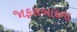
જાફરાબાદના